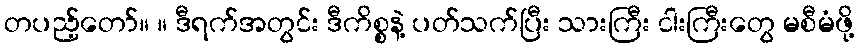
တပည့်တော်။ ။ ဒီရက်အတွင်း ဒီကိစ္စနဲ့ ပတ်သက်ပြီး သားကြီး ငါးကြီးတွေ မစီမံဖို့